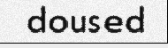
doused